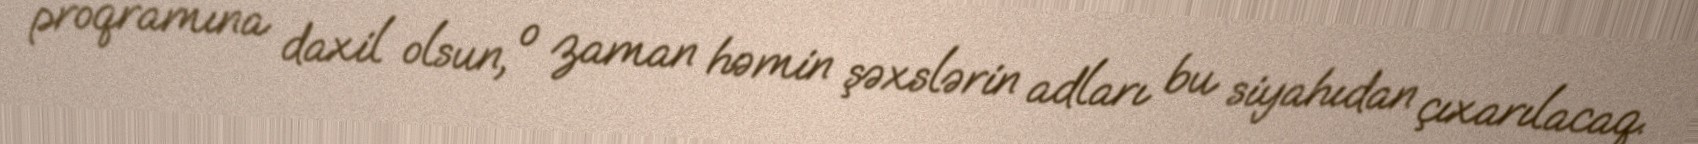
proqramına daxil olsun, o zaman həmin şəxslərin adları bu siyahıdan çıxarılacaq.